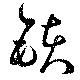
鈇